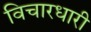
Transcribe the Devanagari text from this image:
विचारधारी